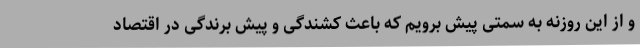
و از این روزنه به سمتی پیش برویم که باعث کشندگی و پیش برندگی در اقتصاد